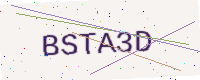
Text: BSTA3D